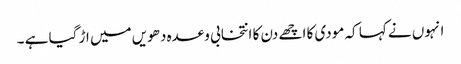
انہوں نے کہا کہ مودی کا اچھے دن کا انتخابی وعدہ دھویں میں اڑ گیا ہے ۔